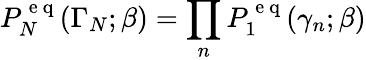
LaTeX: P_{N}^{\mathrm{~e~q~}}(\Gamma_{N};\beta)=\prod_{n}P_{1}^{\mathrm{~e~q~}}(\gamma_{n};\beta)